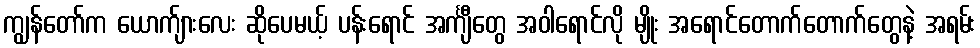
ကျွန်တော်က ယောက်ျားလေး ဆိုပေမယ့် ပန်းရောင် အင်္ကျီတွေ အဝါရောင်လို မျိုး အရောင်တောက်တောက်တွေနဲ့ အရမ်း